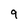
Character: 9